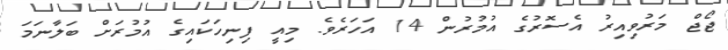
ޖޯޖް މަރުވިއިރު އެސޮރުގެ އުމުރުން 14 އަހަރެވެ. މިއީ ފިނިހަކައިގެ އުމުރަށް ބަލާނަމަ